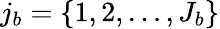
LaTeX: j_{b}=\{ 1,2,\dots,J_{b}\}